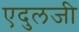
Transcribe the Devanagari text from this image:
एदुलजी